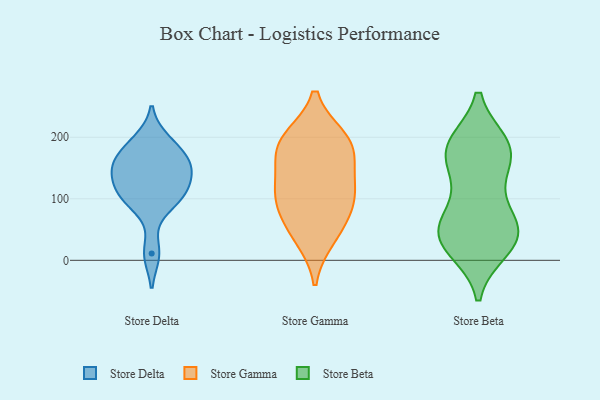
{"axis": {"x": "Operating Costs (USD K)", "y": "Value"}, "legend": ["Store Beta", "Store Delta", "Store Gamma"], "data": [{"x": "", "y": 95, "type": "Store Delta"}, {"x": "", "y": 178, "type": "Store Delta"}, {"x": "", "y": 195, "type": "Store Delta"}, {"x": "", "y": 133, "type": "Store Delta"}, {"x": "", "y": 105, "type": "Store Delta"}, {"x": "", "y": 11, "type": "Store Delta"}, {"x": "", "y": 106, "type": "Store Delta"}, {"x": "", "y": 144, "type": "Store Delta"}, {"x": "", "y": 161, "type": "Store Delta"}, {"x": "", "y": 153, "type": "Store Delta"}, {"x": "", "y": 189, "type": "Store Gamma"}, {"x": "", "y": 98, "type": "Store Gamma"}, {"x": "", "y": 110, "type": "Store Gamma"}, {"x": "", "y": 36, "type": "Store Gamma"}, {"x": "", "y": 116, "type": "Store Gamma"}, {"x": "", "y": 148, "type": "Store Gamma"}, {"x": "", "y": 198, "type": "Store Gamma"}, {"x": "", "y": 196, "type": "Store Gamma"}, {"x": "", "y": 50, "type": "Store Gamma"}, {"x": "", "y": 175, "type": "Store Gamma"}, {"x": "", "y": 83, "type": "Store Gamma"}, {"x": "", "y": 20, "type": "Store Beta"}, {"x": "", "y": 141, "type": "Store Beta"}, {"x": "", "y": 97, "type": "Store Beta"}, {"x": "", "y": 179, "type": "Store Beta"}, {"x": "", "y": 48, "type": "Store Beta"}, {"x": "", "y": 187, "type": "Store Beta"}, {"x": "", "y": 45, "type": "Store Beta"}, {"x": "", "y": 39, "type": "Store Beta"}, {"x": "", "y": 63, "type": "Store Beta"}, {"x": "", "y": 176, "type": "Store Beta"}, {"x": "", "y": 40, "type": "Store Beta"}, {"x": "", "y": 183, "type": "Store Beta"}, {"x": "", "y": 29, "type": "Store Beta"}, {"x": "", "y": 180, "type": "Store Beta"}]}